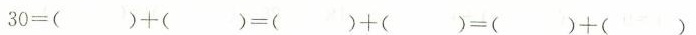
$$3 0 = () + () = () + () = () + ()$$